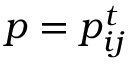
p = { p } _ { i j } ^ { t }